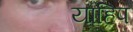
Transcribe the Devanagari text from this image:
याहिप